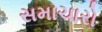
સમાચારો